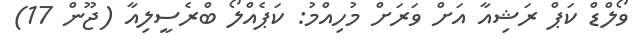
ވޯލްޑް ކަޕް ރަޝިއާ އަށް ވަރަށް މުހިއްމު: ކަޕެއްލޯ ބްރެސީލިއާ (ޖޫން 17)